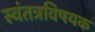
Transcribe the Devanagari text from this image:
स्वंतत्रविषयक